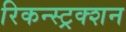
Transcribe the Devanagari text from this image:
रिकन्स्ट्रक्शन